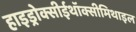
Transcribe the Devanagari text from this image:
हाइड्रोक्सीईथॉक्सीमिथाइल